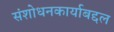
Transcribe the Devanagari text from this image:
संशोधनकार्याबद्दल